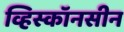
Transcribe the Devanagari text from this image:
व्हिस्कॉनसीन